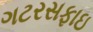
ગટરસફાઇ